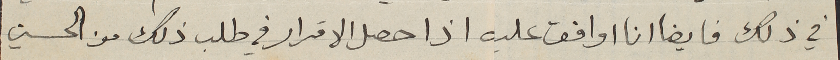
في ذلك فايضا انا اوافق عليه اذا حصل الاقرار في طلب ذلك من الحسين